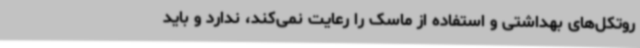
روتکل‌های بهداشتی و استفاده از ماسک را رعایت نمی‌کند، ندارد و باید